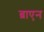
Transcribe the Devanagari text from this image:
ब्राएन